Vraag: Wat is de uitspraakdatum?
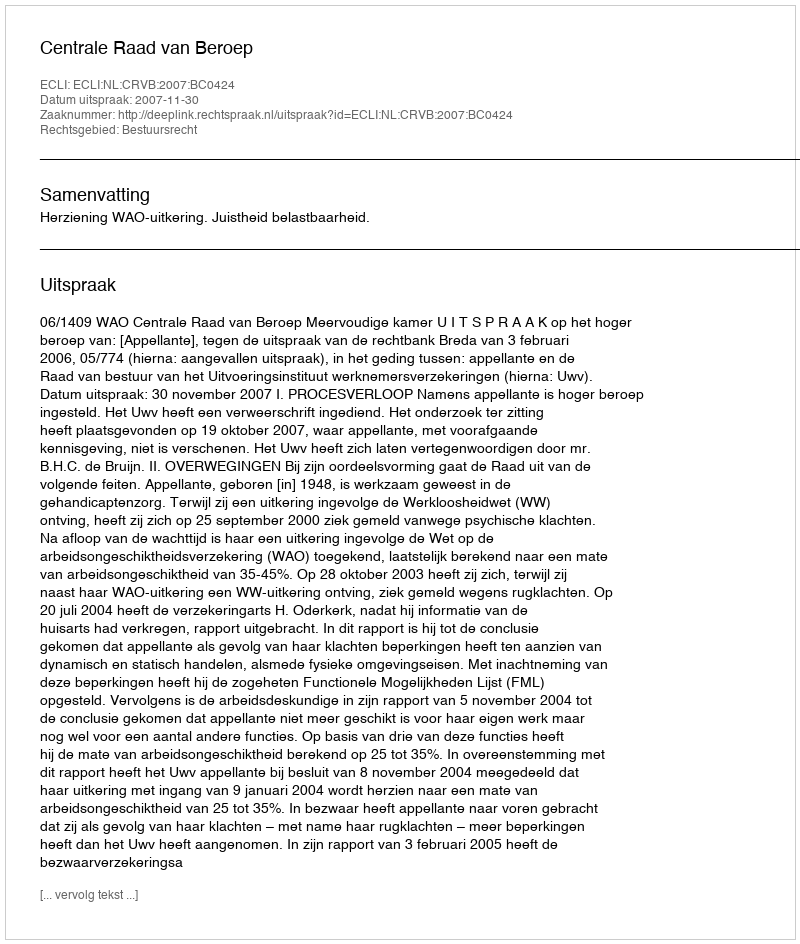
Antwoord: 2007-11-30